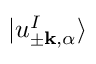
| u _ { \pm \mathbf { k } , \alpha } ^ { I } \rangle